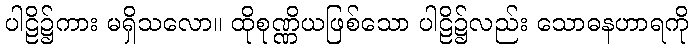
ပါဠိ၌ကား မရှိသလော။ ထိုစုဏ္ဏိယဖြစ်သော ပါဠိ၌လည်း သောဓနဟာရကို